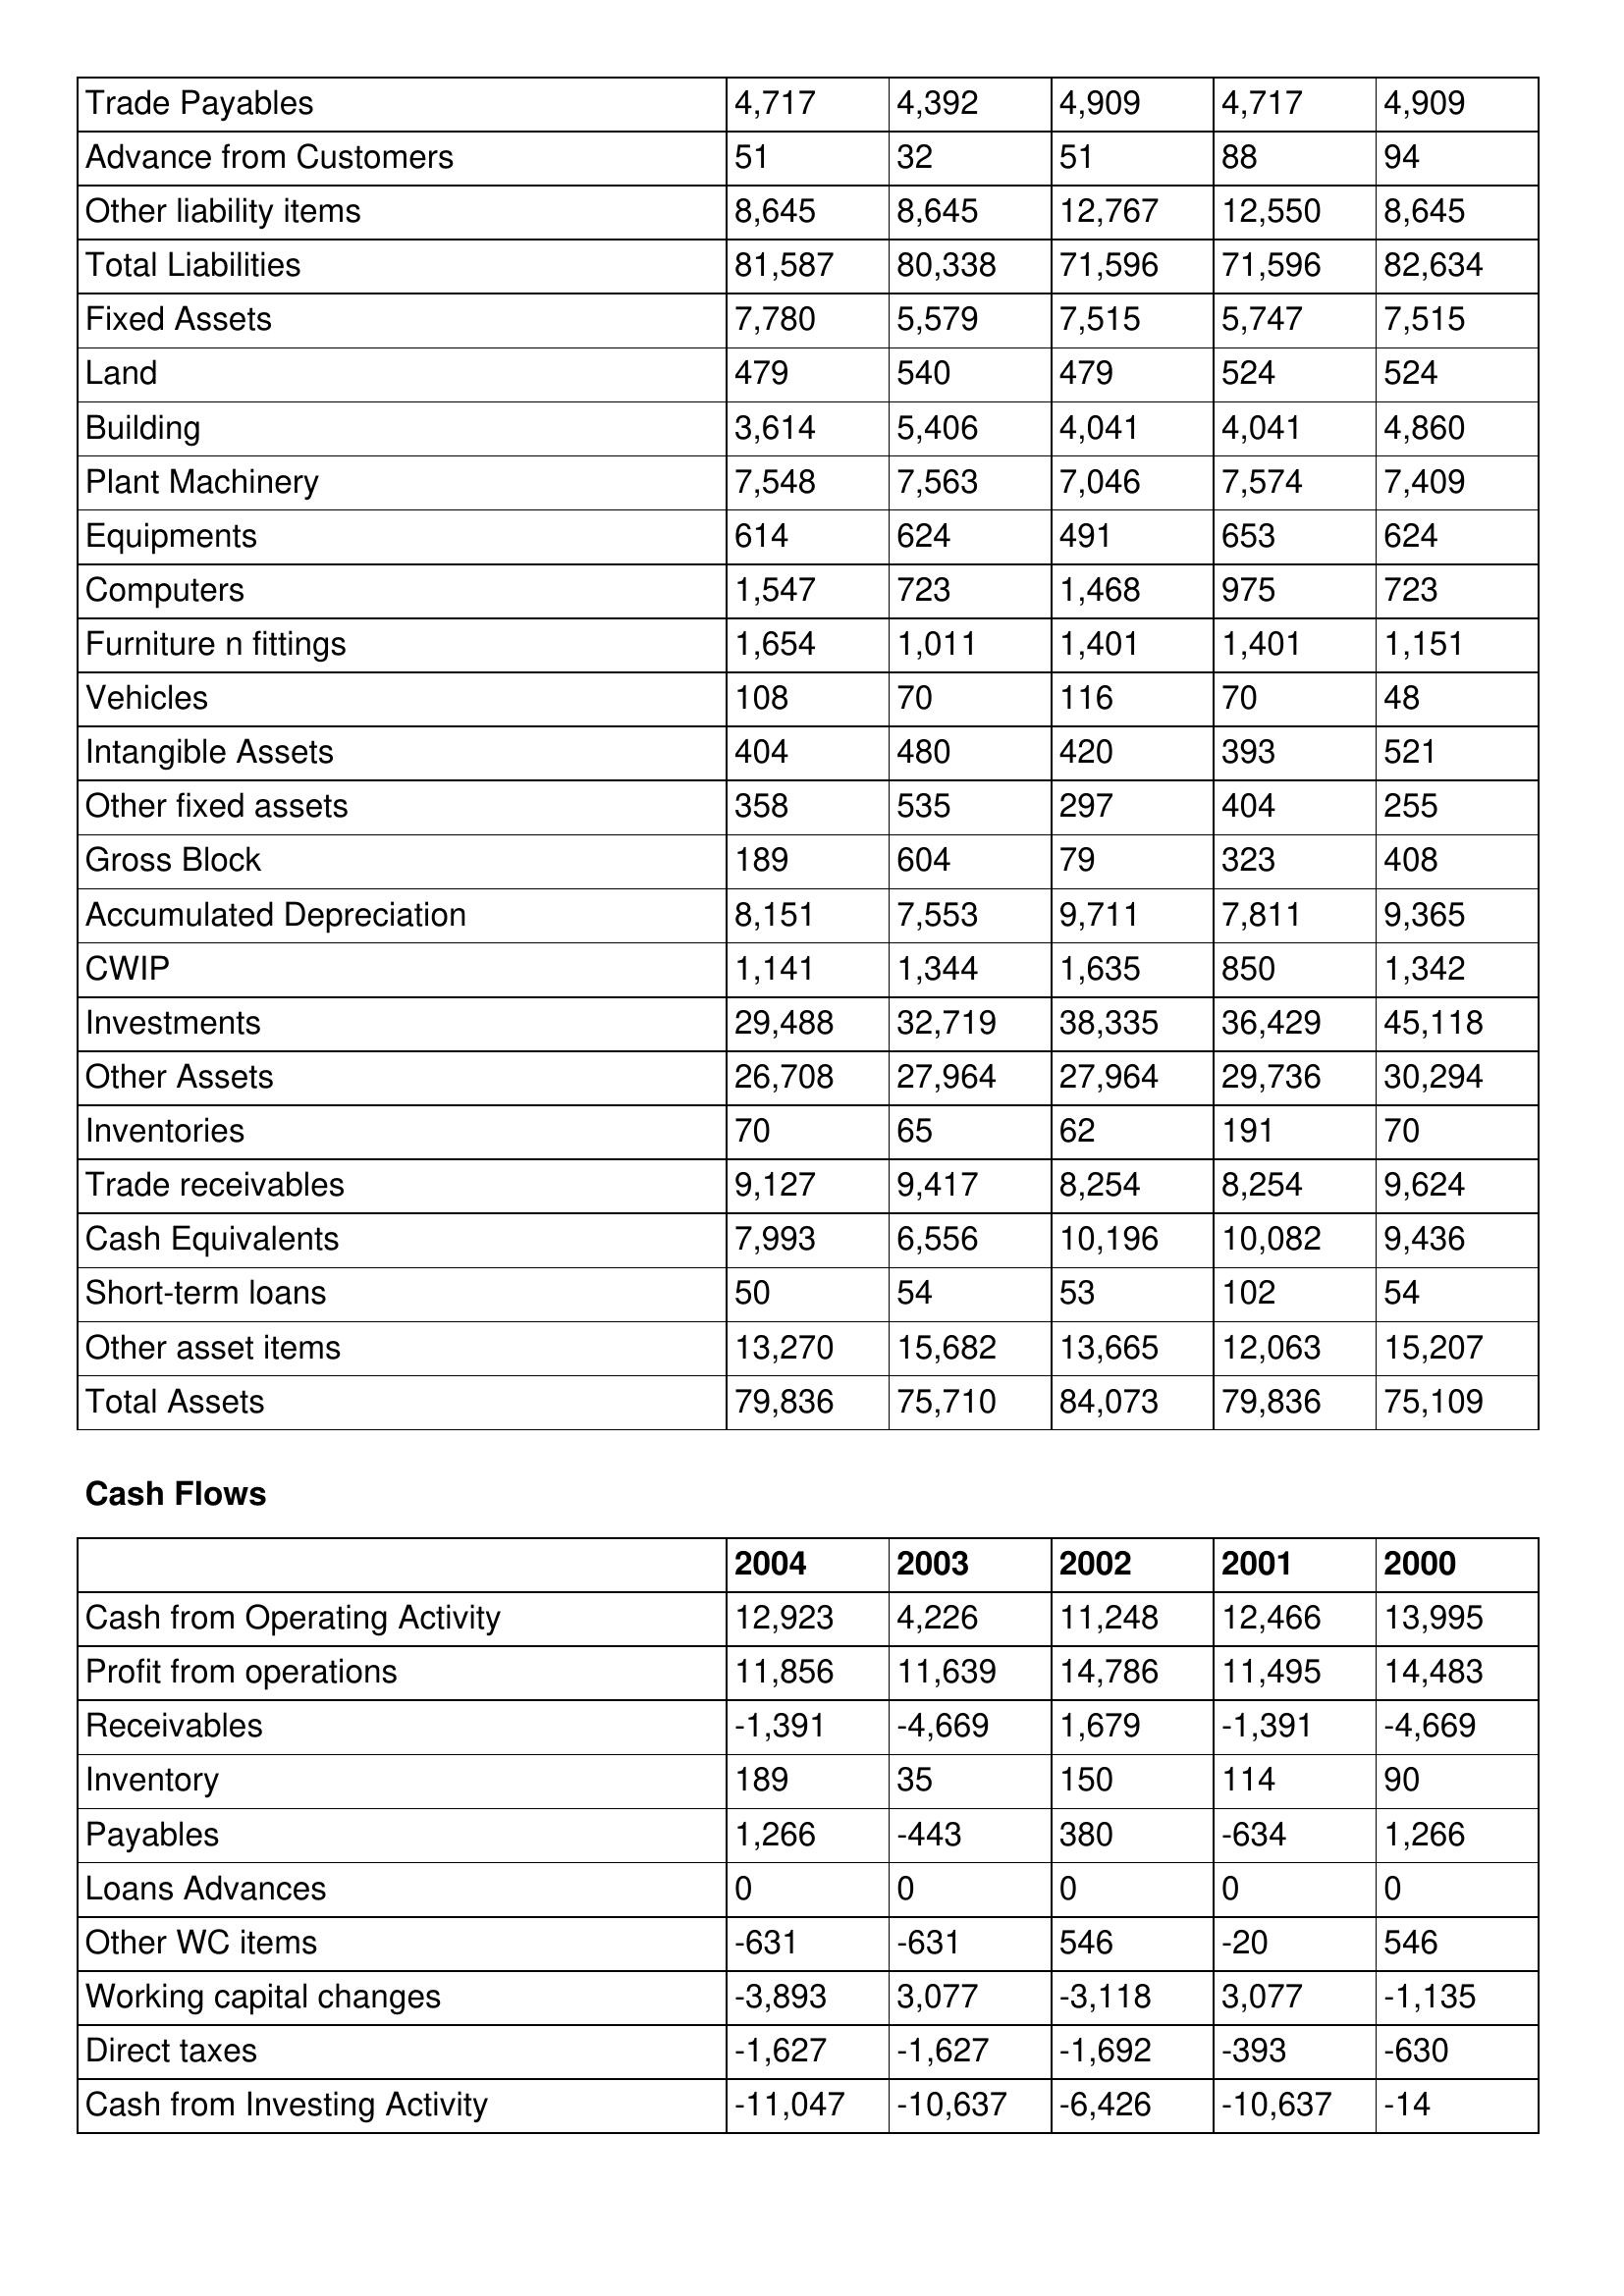
gt_parse: 2004: Balance Sheet: Trade Payables: 4,717
Advance from Customers: 51
Other liability items: 8,645
Total Liabilities: 81,587
Fixed Assets: 7,780
Land: 479
Building: 3,614
Plant Machinery: 7,548
Equipments: 614
Computers: 1,547
Furniture n fittings: 1,654
Vehicles: 108
Intangible Assets: 404
Other fixed assets: 358
Gross Block: 189
Accumulated Depreciation: 8,151
CWIP: 1,141
Investments: 29,488
Other Assets: 26,708
Inventories: 70
Trade receivables: 9,127
Cash Equivalents: 7,993
Short-term loans: 50
Other asset items: 13,270
Total Assets: 79,836
Cash Flows: Cash from Operating Activity: 12,923
Profit from operations: 11,856
Receivables: -1,391
Inventory: 189
Payables: 1,266
Loans Advances: 0
Other WC items: -631
Working capital changes: -3,893
Direct taxes: -1,627
Cash from Investing Activity: -11,047
2003: Balance Sheet: Trade Payables: 4,392
Advance from Customers: 32
Other liability items: 8,645
Total Liabilities: 80,338
Fixed Assets: 5,579
Land: 540
Building: 5,406
Plant Machinery: 7,563
Equipments: 624
Computers: 723
Furniture n fittings: 1,011
Vehicles: 70
Intangible Assets: 480
Other fixed assets: 535
Gross Block: 604
Accumulated Depreciation: 7,553
CWIP: 1,344
Investments: 32,719
Other Assets: 27,964
Inventories: 65
Trade receivables: 9,417
Cash Equivalents: 6,556
Short-term loans: 54
Other asset items: 15,682
Total Assets: 75,710
Cash Flows: Cash from Operating Activity: 4,226
Profit from operations: 11,639
Receivables: -4,669
Inventory: 35
Payables: -443
Loans Advances: 0
Other WC items: -631
Working capital changes: 3,077
Direct taxes: -1,627
Cash from Investing Activity: -10,637
2002: Balance Sheet: Trade Payables: 4,909
Advance from Customers: 51
Other liability items: 12,767
Total Liabilities: 71,596
Fixed Assets: 7,515
Land: 479
Building: 4,041
Plant Machinery: 7,046
Equipments: 491
Computers: 1,468
Furniture n fittings: 1,401
Vehicles: 116
Intangible Assets: 420
Other fixed assets: 297
Gross Block: 79
Accumulated Depreciation: 9,711
CWIP: 1,635
Investments: 38,335
Other Assets: 27,964
Inventories: 62
Trade receivables: 8,254
Cash Equivalents: 10,196
Short-term loans: 53
Other asset items: 13,665
Total Assets: 84,073
Cash Flows: Cash from Operating Activity: 11,248
Profit from operations: 14,786
Receivables: 1,679
Inventory: 150
Payables: 380
Loans Advances: 0
Other WC items: 546
Working capital changes: -3,118
Direct taxes: -1,692
Cash from Investing Activity: -6,426
2001: Balance Sheet: Trade Payables: 4,717
Advance from Customers: 88
Other liability items: 12,550
Total Liabilities: 71,596
Fixed Assets: 5,747
Land: 524
Building: 4,041
Plant Machinery: 7,574
Equipments: 653
Computers: 975
Furniture n fittings: 1,401
Vehicles: 70
Intangible Assets: 393
Other fixed assets: 404
Gross Block: 323
Accumulated Depreciation: 7,811
CWIP: 850
Investments: 36,429
Other Assets: 29,736
Inventories: 191
Trade receivables: 8,254
Cash Equivalents: 10,082
Short-term loans: 102
Other asset items: 12,063
Total Assets: 79,836
Cash Flows: Cash from Operating Activity: 12,466
Profit from operations: 11,495
Receivables: -1,391
Inventory: 114
Payables: -634
Loans Advances: 0
Other WC items: -20
Working capital changes: 3,077
Direct taxes: -393
Cash from Investing Activity: -10,637
2000: Balance Sheet: Trade Payables: 4,909
Advance from Customers: 94
Other liability items: 8,645
Total Liabilities: 82,634
Fixed Assets: 7,515
Land: 524
Building: 4,860
Plant Machinery: 7,409
Equipments: 624
Computers: 723
Furniture n fittings: 1,151
Vehicles: 48
Intangible Assets: 521
Other fixed assets: 255
Gross Block: 408
Accumulated Depreciation: 9,365
CWIP: 1,342
Investments: 45,118
Other Assets: 30,294
Inventories: 70
Trade receivables: 9,624
Cash Equivalents: 9,436
Short-term loans: 54
Other asset items: 15,207
Total Assets: 75,109
Cash Flows: Cash from Operating Activity: 13,995
Profit from operations: 14,483
Receivables: -4,669
Inventory: 90
Payables: 1,266
Loans Advances: 0
Other WC items: 546
Working capital changes: -1,135
Direct taxes: -630
Cash from Investing Activity: -14